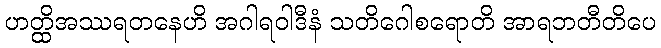
ဟတ္ထိအဿရတနေဟိ အဂါရဝါဒီနံ သတိဂေါစရောတိ အာရဘတီတိပေ